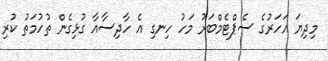
މިދިޔަ އަހަރުގެ ސެޕްޓެމްބަރު މަހު ހިނގި އެ ހާދިސާއާ ގުޅިގެން ތުހުމަތު ކުރި